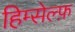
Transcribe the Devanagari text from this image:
हिम्सेल्फ़